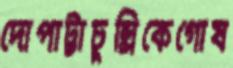
দোপাট্টাচুল্লিকেগোষ